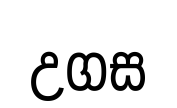
උගස